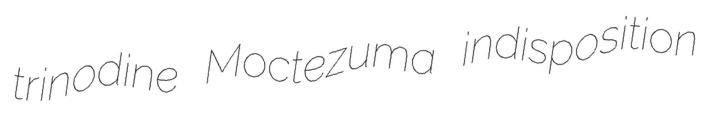
trinodine Moctezuma indisposition